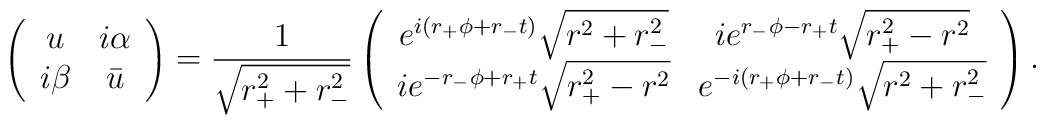
\left( \begin{array}{cc} u & i\alpha \\ i\beta & \bar{u} \end{array} \right) =\frac{1}{\sqrt{r_+^2 + r_-^2}}\left( \begin{array}{cc}e^{i (r_+ \phi+r_- t)} \sqrt{r^2 + r_-^2} &  i e^{r_- \phi-r_+ t}\sqrt{r_+^2 - r^2} \\i e^{- r_- \phi+ r_+ t} \sqrt{r_+^2 - r^2} & e^{- i ( r_+ \phi + r_- t)} \sqrt{r^2 + r_-^2} \end{array} \right) .